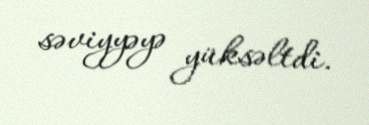
səviyyəyə yüksəltdi.